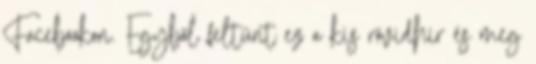
Facebookon. Egyből feltűnt ez a kis rövidhír és meg